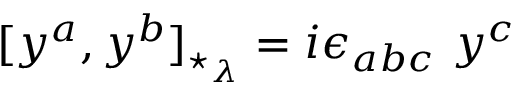
[ y ^ { a } , y ^ { b } ] _ { \star _ { \lambda } } = i \epsilon _ { a b c } \ y ^ { c }